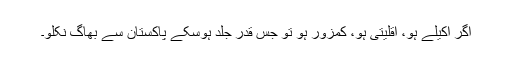
اگر اکیلے ہو، اقلیتی ہو، کمزور ہو تو جس قدر جلد ہوسکے پاکستان سے بھاگ نکلو۔